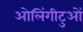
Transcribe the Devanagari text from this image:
ओलिंगीटुओं